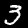
Digit: 3